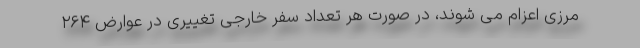
مرزی اعزام می شوند، در صورت هر تعداد سفر خارجی تغییری در عوارض ۲۶۴